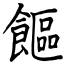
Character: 饇